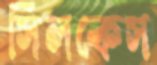
সিলকেস